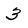
Character: 3